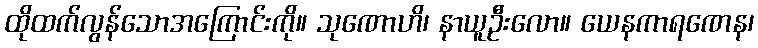
ထိုထက်လွန်သောအကြောင်းကို။ သုဏောဟိ၊ နာယူဦးလော။ ယေနကာရဏေန၊